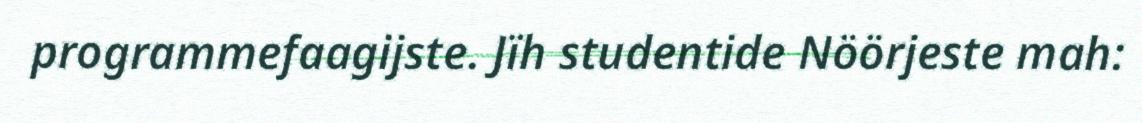
programmefaagijste. Jïh studentide Nöörjeste mah: